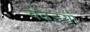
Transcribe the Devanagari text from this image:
बढ़इयों